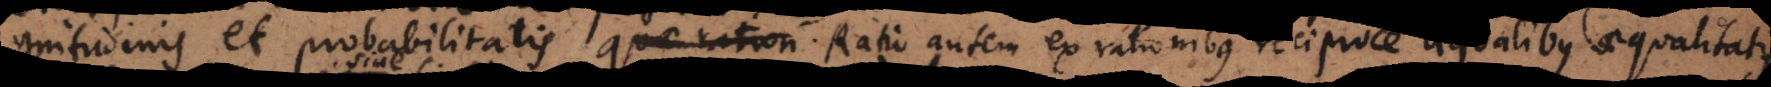
magnitudinis et probabilitatis. Ratio autem ex rationibus reciproce aequalibus composita